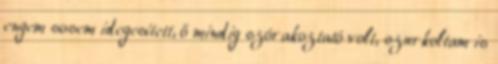
engem sosem idegesített, ő mindig szórakoztató volt, szurkoltam is